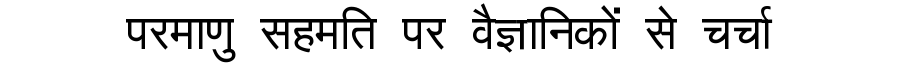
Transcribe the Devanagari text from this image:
परमाणु सहमति पर वैज्ञानिकों से चर्चा